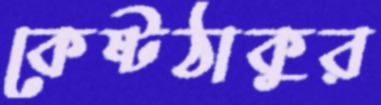
কেষ্টঠাকুর